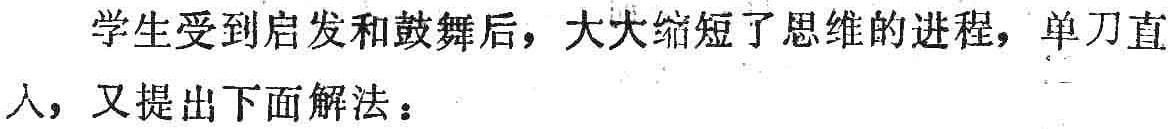
学生受到启发和鼓舞后，大大缩短了思维的进程，单刀直入，又提出下面解法：